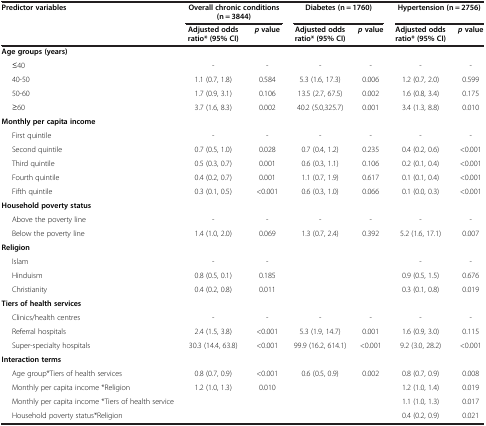
<table><thead><tr><td><b>Predictor variables</b></td><td colspan="2"><b>Overall chronic conditions (n = 3844)</b></td><td colspan="2"><b>Diabetes (n = 1760)</b></td><td colspan="2"><b>Hypertension (n = 2756)</b></td></tr><tr><td><b> </b></td><td><b>Adjusted odds ratio* (95% CI)</b></td><td><b><i>p </i>value</b></td><td><b>Adjusted odds ratio* (95% CI)</b></td><td><b><i>p </i>value</b></td><td><b>Adjusted odds ratio* (95% CI)</b></td><td><b><i>p </i>value</b></td></tr></thead><tbody><tr><td><b>Age groups (years)</b></td><td> </td><td> </td><td> </td><td> </td><td> </td><td> </td></tr><tr><td>≤40</td><td>-</td><td>-</td><td>-</td><td>-</td><td>-</td><td>-</td></tr><tr><td>40-50</td><td>1.1 (0.7, 1.8)</td><td>0.584</td><td>5.3 (1.6, 17.3)</td><td>0.006</td><td>1.2 (0.7, 2.0)</td><td>0.599</td></tr><tr><td>50-60</td><td>1.7 (0.9, 3.1)</td><td>0.106</td><td>13.5 (2.7, 67.5)</td><td>0.002</td><td>1.6 (0.8, 3.4)</td><td>0.175</td></tr><tr><td>≥60</td><td>3.7 (1.6, 8.3)</td><td>0.002</td><td>40.2 (5.0,325.7)</td><td>0.001</td><td>3.4 (1.3, 8.8)</td><td>0.010</td></tr><tr><td colspan="7"><b>Monthly per capita income</b></td></tr><tr><td>First quintile</td><td>-</td><td>-</td><td>-</td><td>-</td><td>-</td><td>-</td></tr><tr><td>Second quintile</td><td>0.7 (0.5, 1.0)</td><td>0.028</td><td>0.7 (0.4, 1.2)</td><td>0.235</td><td>0.4 (0.2, 0.6)</td><td>&lt;0.001</td></tr><tr><td>Third quintile</td><td>0.5 (0.3, 0.7)</td><td>0.001</td><td>0.6 (0.3, 1.1)</td><td>0.106</td><td>0.2 (0.1, 0.4)</td><td>&lt;0.001</td></tr><tr><td>Fourth quintile</td><td>0.4 (0.2, 0.7)</td><td>0.001</td><td>1.1 (0.7, 1.9)</td><td>0.617</td><td>0.1 (0.1, 0.4)</td><td>&lt;0.001</td></tr><tr><td>Fifth quintile</td><td>0.3 (0.1, 0.5)</td><td>&lt;0.001</td><td>0.6 (0.3, 1.0)</td><td>0.066</td><td>0.1 (0.0, 0.3)</td><td>&lt;0.001</td></tr><tr><td><b>Household poverty status</b></td><td> </td><td> </td><td> </td><td> </td><td> </td><td> </td></tr><tr><td>Above the poverty line</td><td>-</td><td>-</td><td>-</td><td>-</td><td>-</td><td>-</td></tr><tr><td>Below the poverty line</td><td>1.4 (1.0, 2.0)</td><td>0.069</td><td>1.3 (0.7, 2.4)</td><td>0.392</td><td>5.2 (1.6, 17.1)</td><td>0.007</td></tr><tr><td><b>Religion</b></td><td> </td><td> </td><td> </td><td> </td><td> </td><td> </td></tr><tr><td>Islam</td><td>-</td><td>-</td><td> </td><td> </td><td>-</td><td>-</td></tr><tr><td>Hinduism</td><td>0.8 (0.5, 0.1)</td><td>0.185</td><td> </td><td> </td><td>0.9 (0.5, 1.5)</td><td>0.676</td></tr><tr><td>Christianity</td><td>0.4 (0.2, 0.8)</td><td>0.011</td><td> </td><td> </td><td>0.3 (0.1, 0.8)</td><td>0.019</td></tr><tr><td><b>Tiers of health services</b></td><td> </td><td> </td><td> </td><td> </td><td> </td><td> </td></tr><tr><td>Clinics/health centres</td><td>-</td><td>-</td><td>-</td><td>-</td><td>-</td><td>-</td></tr><tr><td>Referral hospitals</td><td>2.4 (1.5, 3.8)</td><td>&lt;0.001</td><td>5.3 (1.9, 14.7)</td><td>0.001</td><td>1.6 (0.9, 3.0)</td><td>0.115</td></tr><tr><td>Super-specialty hospitals</td><td>30.3 (14.4, 63.8)</td><td>&lt;0.001</td><td>99.9 (16.2, 614.1)</td><td>&lt;0.001</td><td>9.2 (3.0, 28.2)</td><td>&lt;0.001</td></tr><tr><td><b>Interaction terms</b></td><td> </td><td> </td><td> </td><td> </td><td> </td><td> </td></tr><tr><td>Age group*Tiers of health services</td><td>0.8 (0.7, 0.9)</td><td>&lt;0.001</td><td>0.6 (0.5, 0.9)</td><td>0.002</td><td>0.8 (0.7, 0.9)</td><td>0.008</td></tr><tr><td>Monthly per capita income *Religion</td><td>1.2 (1.0, 1.3)</td><td>0.010</td><td> </td><td> </td><td>1.2 (1.0, 1.4)</td><td>0.019</td></tr><tr><td>Monthly per capita income *Tiers of health service</td><td> </td><td> </td><td> </td><td> </td><td>1.1 (1.0, 1.3)</td><td>0.017</td></tr><tr><td>Household poverty status*Religion</td><td> </td><td> </td><td> </td><td> </td><td>0.4 (0.2, 0.9)</td><td>0.021</td></tr></tbody></table>